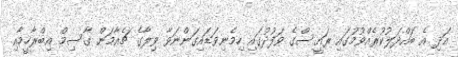
އަދި އެ ބައްދަލުކުރެއްވުމުގައި ރައީސްގެ ވަފުދުގައި ހިމެނިވަޑައިގަންނަވާ ވިލާގެ ޗެއާމަން ގާސިމް އިބްރާހީމާއި